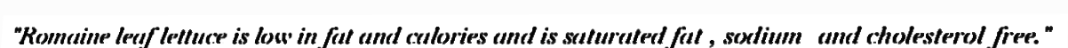
"Romaine leaf lettuce is low in fat and calories and is saturated fat-, sodium- and cholesterol-free."